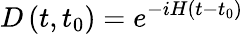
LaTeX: D\left(t,t_{0}\right)=e^{-iH(t-t_{0})}